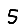
Digit: 5